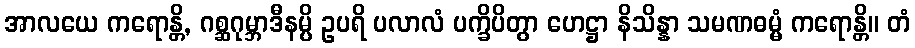
အာလယေ ကရောန္တိ, ဂစ္ဆဂုမ္ဘာဒီနမ္ပိ ဥပရိ ပလာလံ ပက္ခိပိတွာ ဟေဋ္ဌာ နိသိန္နာ သမဏဓမ္မံ ကရောန္တိ။ တံ